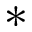
\ast